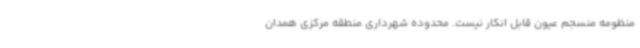
منظومه منسجم عیون قابل انکار نیست. محدوده شهرداری منطقه مرکزی همدان